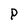
Character: P